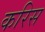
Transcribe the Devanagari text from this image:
करिस